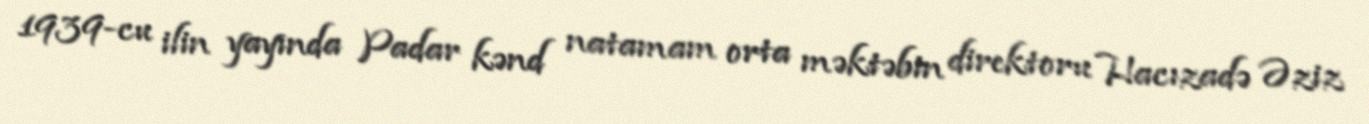
1939-cu ilin yayında Padar kənd natamam orta məktəbin direktoru Hacızadə Əziz